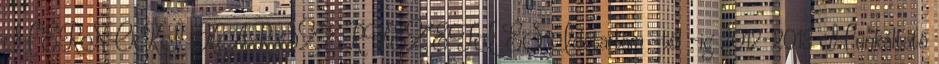
MÉRNÖKI KAR SZERVEZETI ÉS Időtartam -tól -ig 2012-2013 Munkáltató